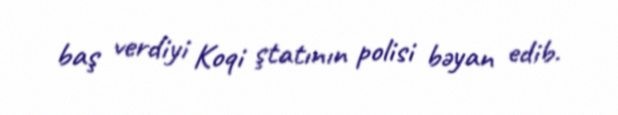
baş verdiyi Koqi ştatının polisi bəyan edib.